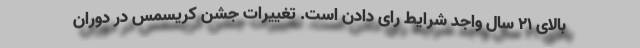
بالای 21 سال واجد شرایط رای دادن است. تغییرات جشن کریسمس در دوران